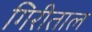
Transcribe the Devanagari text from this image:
गिरीताल